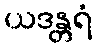
ယဒန္တရံ